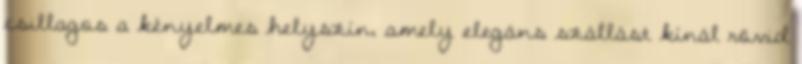
csillagos a kényelmes helyszín, amely elegáns szállást kínál rövid